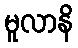
မူလာနိ